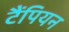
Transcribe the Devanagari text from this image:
टैंपियन